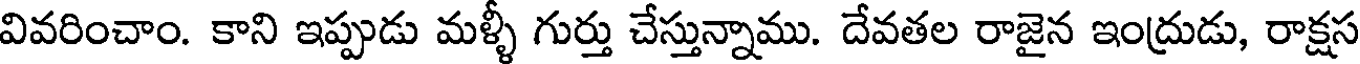
వివరించాం. కాని ఇప్పుడు మళ్ళీ గుర్తు చేస్తున్నాము. దేవతల రాజైన ఇంద్రుడు, రాక్షస